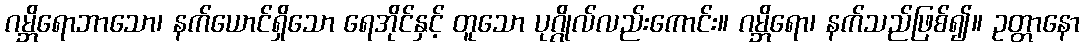
ဂမ္ဘိရောဘာသော၊ နက်ယောင်ရှိသော ရေအိုင်နှင့် တူသော ပုဂ္ဂိုလ်လည်းကောင်း။ ဂမ္ဘိရော၊ နက်သည်ဖြစ်၍။ ဥတ္တာနော